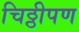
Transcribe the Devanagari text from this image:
चिठ्ठीपण